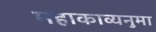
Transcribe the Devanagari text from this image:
महाकाव्यनुमा